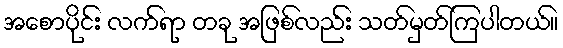
အစောပိုင်း လက်ရာ တခု အဖြစ်လည်း သတ်မှတ်ကြပါတယ်။